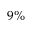
9 \%